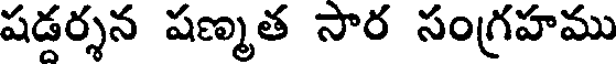
షడర్శన షణ్మత సార సంగ్రహము